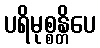
ပရိမုစ္စန္တိပေ